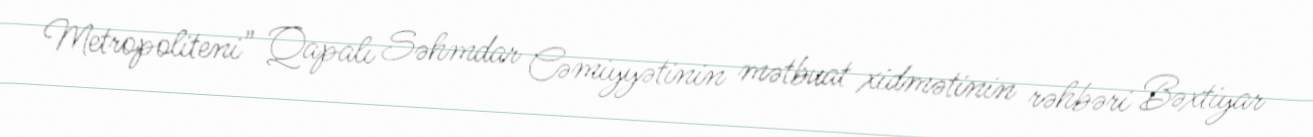
Metropoliteni" Qapalı Səhmdar Cəmiyyətinin mətbuat xidmətinin rəhbəri Bəxtiyar